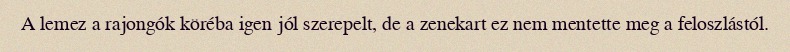
A lemez a rajongók köréba igen jól szerepelt, de a zenekart ez nem mentette meg a feloszlástól.